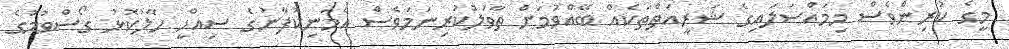
މީގެ ކުރިންވެސް މިމައްސަލައިގެ ޝަރީއަތްތަކެއް ބޭއްވުމަށް ތާވަލުކުރިނަމަވެސް އެމަނިކުފާނުގެ ސިއްހީ ހާލުކޮޅު ގޯސްވުމުގެ